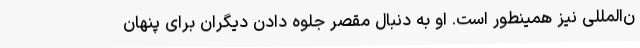
ن‌المللی نیز همینطور است. او به دنبال مقصر جلوه دادن دیگران برای پنهان